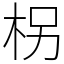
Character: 柺